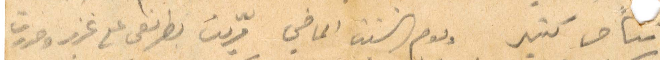
تتأخر كتير ويوم السبت الماضي مرّيت بطرنعى مع غزير وحرررت